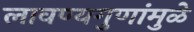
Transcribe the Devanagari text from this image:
लावण्यगुणांमुळे